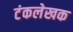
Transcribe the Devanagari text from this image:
टंकलेखक